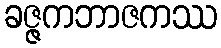
ခဇ္ဇကဘာဇကဿ